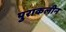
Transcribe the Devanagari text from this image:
पुराकलीन